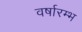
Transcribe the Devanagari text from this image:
वर्षारम्भ